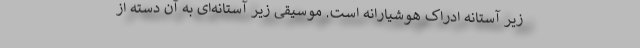
زیر آستانه ادراک هوشیارانه است. موسیقی زیر آستانه‌ای به آن دسته از